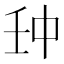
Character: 𠁪